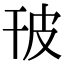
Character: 𤿊